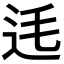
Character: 𨑺